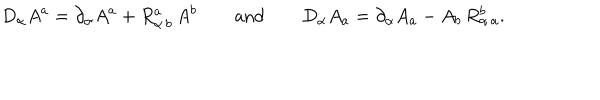
LaTeX: D _ { \alpha } A ^ { a } = \partial _ { \alpha } A ^ { a } + R _ { \alpha \, b } ^ { a } \, A ^ { b } \qquad \mathrm { a n d } \qquad D _ { \alpha } A _ { a } = \partial _ { \alpha } A _ { a } - A _ { b } \, R _ { \alpha \, a } ^ { b } .